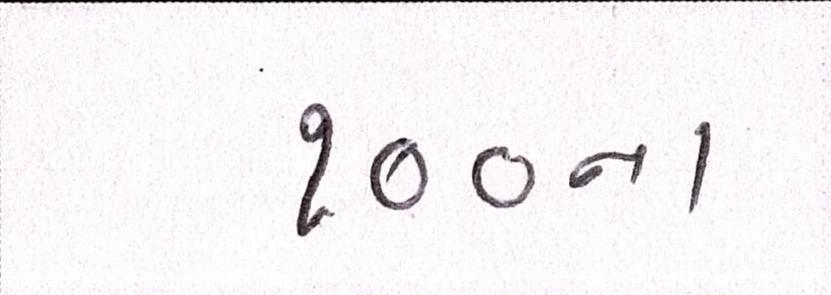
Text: ૧૦૦ના